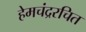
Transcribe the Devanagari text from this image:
हेमचंद्ररचित